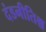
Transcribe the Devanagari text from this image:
दंडनीतिश्च